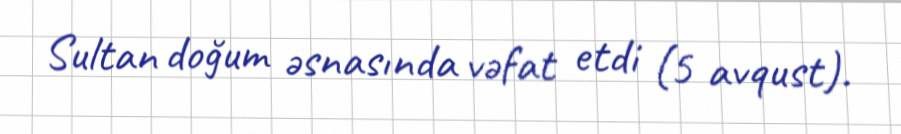
Sultan doğum əsnasında vəfat etdi (5 avqust).